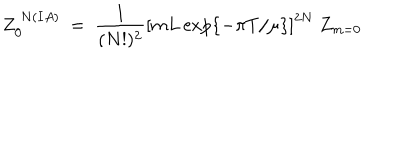
Z _ { 0 } ^ { ~ N ( I A ) } ~ = ~ \frac { 1 } { ( N ! ) ^ { 2 } } \left[ m L \exp \{ - \pi T / \mu \} \right] ^ { 2 N } ~ Z _ { m = 0 }